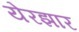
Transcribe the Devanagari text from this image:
येरझार